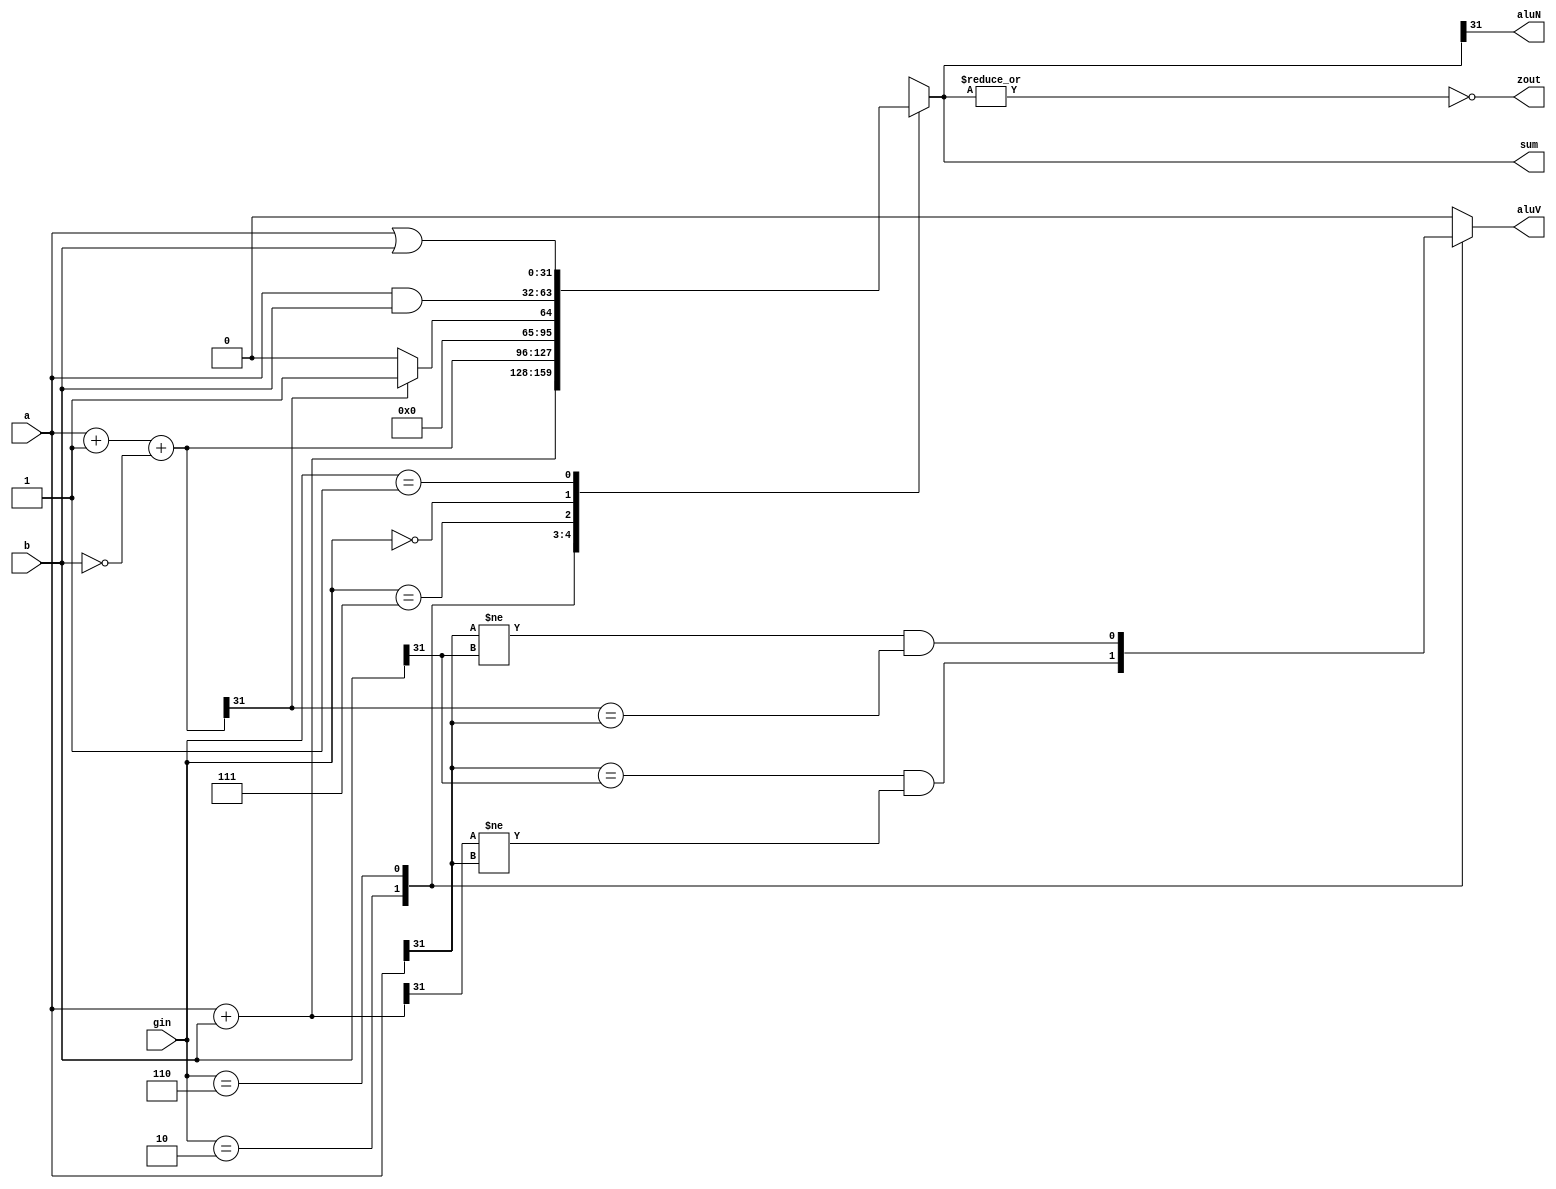
module alu32(sum, a, b, gin, zout, aluN, aluV);
output [31:0] sum;
input [31:0] a, b;
input [2:0] gin; // ALU control line
reg [31:0] sum;
reg [31:0] less;
output zout;
reg zout;
output aluN;
reg aluN;
output aluV;
reg aluV;

  always @(a or b or gin)
  begin
    aluV = 0;
    case (gin)
      3'b010: 
	begin 
	sum = a + b; // ADD
        aluV = (a[31] == b[31]) && (sum[31] != a[31]); // Check for overflow
	end
      3'b110: 
	begin
	sum = a + 1'b1 + (~b); // SUB
        aluV = (a[31] != b[31]) && (sum[31] == a[31]); // Check for overflow
        end
      3'b111: 
	begin // Set on less than
        less = a + 1'b1 + (~b);
        if (less[31]) begin
          sum = 32'b1;
          aluN = 1; // Set negative flag if result is negative
        end else begin
          sum = 32'b0;
          aluN = 0;
        end
      end
      3'b000: 
	begin
	sum = a & b; // AaluND
        aluN = sum[31]; // aluNegative flag based on MSB of result
        aluV = 0;
	end // aluNo overflow for AaluND
      3'b001: 
	begin
	sum = a | b; // OR
        aluN = sum[31]; // aluNegative flag based on MSB of result
        aluV = 0; // aluNo overflow for OR
	end
      default: sum = 32'bx;
    endcase
    zout = ~(|sum);
    aluN = sum[31];
  end
endmodule